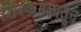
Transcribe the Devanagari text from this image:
शिरकमळातून